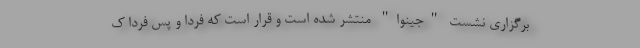
برگزاری نشست "جینوا" منتشر شده است و قرار است که فردا و پس فردا ک